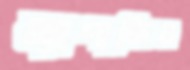
ম্যাগাজিন